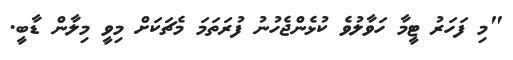
"މި ފަހަރު ޓީމާ ހަވާލުވެ ކުޅެންޖެހުނު ފުރަތަމަ މެޗަކަށް މިވީ މިލާން ޑާބީ.